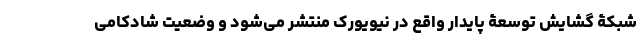
شبکۀ گشایش توسعۀ پایدار واقع در نیویورک منتشر می‌شود و وضعیت شادکامی